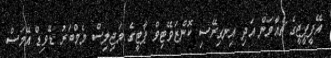
އޭޕީޕީޖީގެ ޗެއާމަން އަދި އިނގިރޭސި ކޮންޒަވޭޓިވް ޕާޓީގެ މަޖިލިސް މެމްބަރު ޑޭވިޑް އޭމަސް